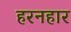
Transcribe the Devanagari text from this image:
हरनहार